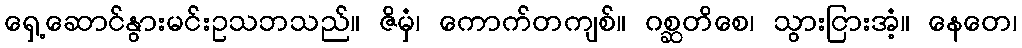
ရှေ့ဆောင်နွားမင်းဥသဘသည်။ ဇိမှံ၊ ကောက်တကျစ်။ ဂစ္ဆတိစေ၊ သွားငြားအံ့။ နေတေ၊